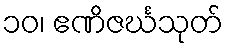
၁၀၊ ဧဏိဇင်္ဃသုတ်